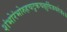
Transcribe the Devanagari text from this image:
शंभोरंभोरुहचटुकचक्षुर्विजयते॥४॥